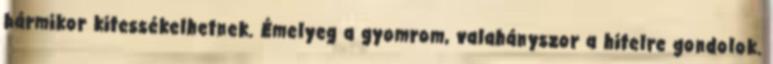
bármikor kitessékelhetnek. Émelyeg a gyomrom, valahányszor a hitelre gondolok.